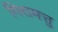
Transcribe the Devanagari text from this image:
गिरामत्तु